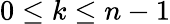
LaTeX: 0\le k\le n-1